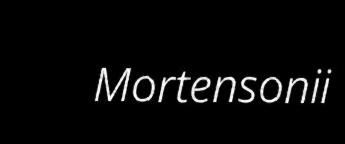
Mortensonii